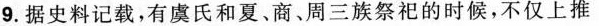
9.据史料记载，有虞氏和夏、商、周三族祭祀的时候，不仅上推